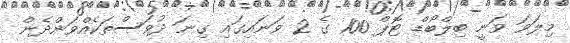
މިލަވަ ވަނީ ބިލްބޯޑް ޓޮޕް 100 ގެ 2 ވަނައިގައި ގިނަ ދުވަސްތަކެއްވަންދެން